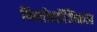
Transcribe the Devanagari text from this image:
फिलोलॉजिकल